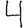
Digit: 4